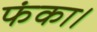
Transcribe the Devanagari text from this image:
फंका।